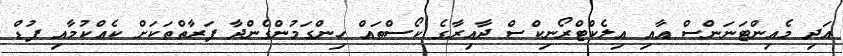
އަދި މެއިންޓަނަންސް އާއި އިލެކްޓްރޯނިކްސް ދާއިރާގެ ކޯސްތައް ހިންގަމުންގެންދާ ފަރާތްތަކަށް ކެއްކުމާއި ފުޑް